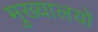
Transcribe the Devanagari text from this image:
मुख्यालयो